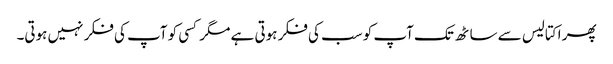
پھر اکتالیس سے ساٹھ تک آپ کو سب کی فکر ہوتی ہے مگر کسی کو آپ کی فکر نہیں ہوتی۔